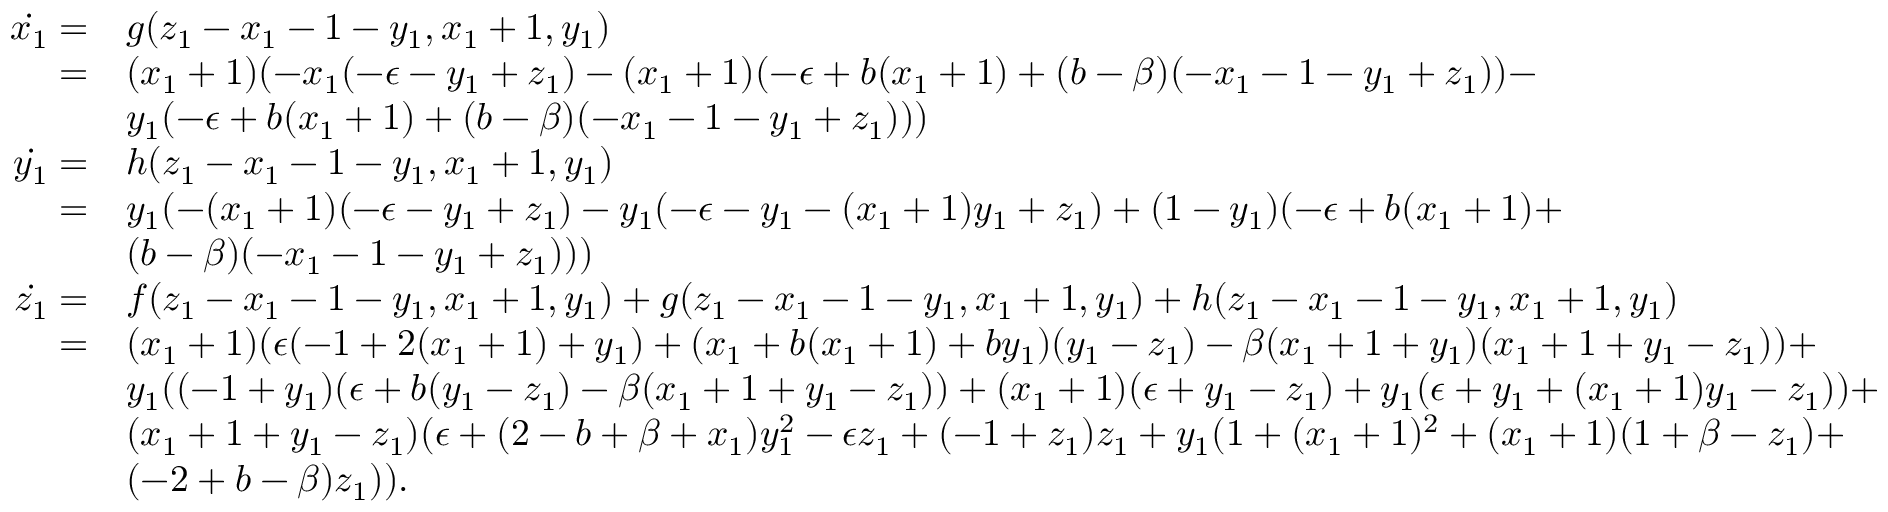
\begin{array} { r l } { \dot { x _ { 1 } } = } & { g ( z _ { 1 } - x _ { 1 } - 1 - y _ { 1 } , x _ { 1 } + 1 , y _ { 1 } ) } \\ { = } & { ( x _ { 1 } + 1 ) ( - x _ { 1 } ( - \epsilon - y _ { 1 } + z _ { 1 } ) - ( x _ { 1 } + 1 ) ( - \epsilon + b ( x _ { 1 } + 1 ) + ( b - \beta ) ( - x _ { 1 } - 1 - y _ { 1 } + z _ { 1 } ) ) - } \\ & { y _ { 1 } ( - \epsilon + b ( x _ { 1 } + 1 ) + ( b - \beta ) ( - x _ { 1 } - 1 - y _ { 1 } + z _ { 1 } ) ) ) } \\ { \dot { y _ { 1 } } = } & { h ( z _ { 1 } - x _ { 1 } - 1 - y _ { 1 } , x _ { 1 } + 1 , y _ { 1 } ) } \\ { = } & { y _ { 1 } ( - ( x _ { 1 } + 1 ) ( - \epsilon - y _ { 1 } + z _ { 1 } ) - y _ { 1 } ( - \epsilon - y _ { 1 } - ( x _ { 1 } + 1 ) y _ { 1 } + z _ { 1 } ) + ( 1 - y _ { 1 } ) ( - \epsilon + b ( x _ { 1 } + 1 ) + } \\ & { ( b - \beta ) ( - x _ { 1 } - 1 - y _ { 1 } + z _ { 1 } ) ) ) } \\ { \dot { z _ { 1 } } = } & { f ( z _ { 1 } - x _ { 1 } - 1 - y _ { 1 } , x _ { 1 } + 1 , y _ { 1 } ) + g ( z _ { 1 } - x _ { 1 } - 1 - y _ { 1 } , x _ { 1 } + 1 , y _ { 1 } ) + h ( z _ { 1 } - x _ { 1 } - 1 - y _ { 1 } , x _ { 1 } + 1 , y _ { 1 } ) } \\ { = } & { ( x _ { 1 } + 1 ) ( \epsilon ( - 1 + 2 ( x _ { 1 } + 1 ) + y _ { 1 } ) + ( x _ { 1 } + b ( x _ { 1 } + 1 ) + b y _ { 1 } ) ( y _ { 1 } - z _ { 1 } ) - \beta ( x _ { 1 } + 1 + y _ { 1 } ) ( x _ { 1 } + 1 + y _ { 1 } - z _ { 1 } ) ) + } \\ & { y _ { 1 } ( ( - 1 + y _ { 1 } ) ( \epsilon + b ( y _ { 1 } - z _ { 1 } ) - \beta ( x _ { 1 } + 1 + y _ { 1 } - z _ { 1 } ) ) + ( x _ { 1 } + 1 ) ( \epsilon + y _ { 1 } - z _ { 1 } ) + y _ { 1 } ( \epsilon + y _ { 1 } + ( x _ { 1 } + 1 ) y _ { 1 } - z _ { 1 } ) ) + } \\ & { ( x _ { 1 } + 1 + y _ { 1 } - z _ { 1 } ) ( \epsilon + ( 2 - b + \beta + x _ { 1 } ) y _ { 1 } ^ { 2 } - \epsilon z _ { 1 } + ( - 1 + z _ { 1 } ) z _ { 1 } + y _ { 1 } ( 1 + ( x _ { 1 } + 1 ) ^ { 2 } + ( x _ { 1 } + 1 ) ( 1 + \beta - z _ { 1 } ) + } \\ & { ( - 2 + b - \beta ) z _ { 1 } ) ) . } \end{array}